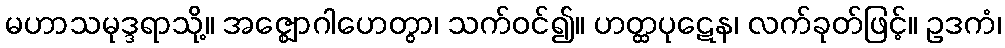
မဟာသမုဒ္ဒရာသို့။ အဇ္ဈောဂါဟေတွာ၊ သက်ဝင်၍။ ဟတ္ထပုဋေန၊ လက်ခုတ်ဖြင့်။ ဥဒကံ၊